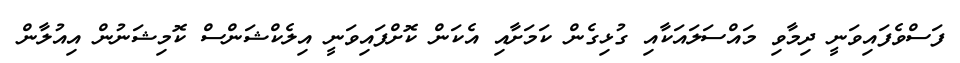
ފަސްވެފައިވަނީ ދިމާވި މައްސަލައަކާއި ގުޅިގެން ކަމަށާއި އެކަން ކޮށްފައިވަނީ އިލެކްޝަންސް ކޮމިޝަނުން އިއުލާން